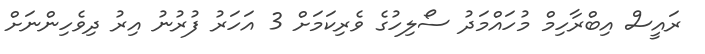
ރައީސް އިބްރާހިމް މުހައްމަދު ސޯލިހުގެ ވެރިކަމަށް 3 އަހަރު ފުރުނު އިރު ދިވެހިންނަށް